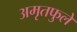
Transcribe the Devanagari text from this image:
अमृतफुले